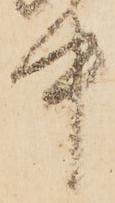
中